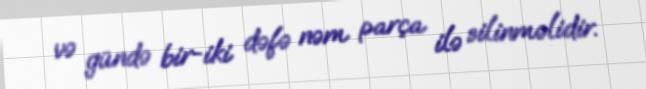
və gündə bir-iki dəfə nəm parça ilə silinməlidir.